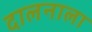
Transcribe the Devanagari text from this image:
दालनाला